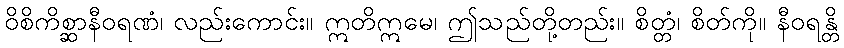
ဝိစိကိစ္ဆာနီဝရဏံ၊ လည်းကောင်း။ ဣတိဣမေ၊ ဤသည်တို့တည်း။ စိတ္တံ၊ စိတ်ကို။ နီဝရန္တိ